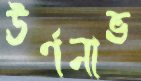
ঊর্ণনাভ